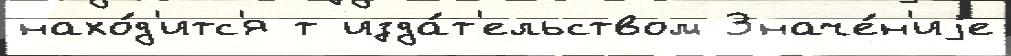
нахо́д'итс'я т изда́т'ельством Значе́н'иjе